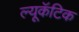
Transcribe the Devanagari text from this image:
ल्यूकॅटिक